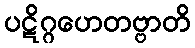
ပဋိဂ္ဂဟေတဗ္ဗာတိ